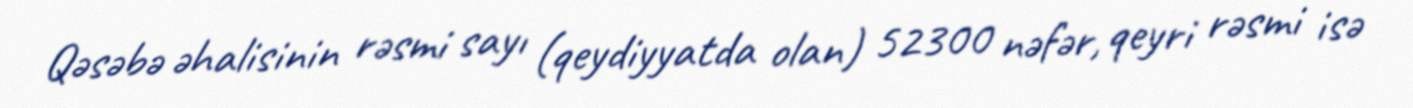
Qəsəbə əhalisinin rəsmi sayı (qeydiyyatda olan) 52300 nəfər, qeyri rəsmi isə